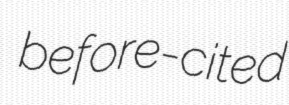
before-cited